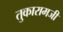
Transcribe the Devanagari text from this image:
तुकारामजी